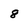
Character: 8